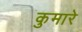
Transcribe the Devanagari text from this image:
कुमारे